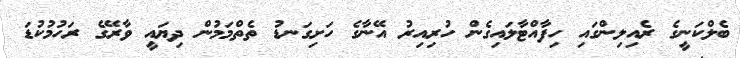
ބެލްކަނީގެ ރެއިލިންގައި ހިފާއްޓާލައިގެން ހުރިއިރު އޭނާގެ ހަށިގަނޑު ތެތްމަމުން ދިޔައީ ވާރޭގެ ރަހުމުކުޑަ